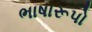
ભાષારૂપો